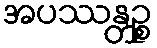
အပဿန္တဉ္စ